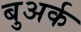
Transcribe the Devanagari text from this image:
बुअर्क